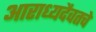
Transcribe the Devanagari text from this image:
आराध्यदैवतचे